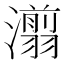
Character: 𰝨